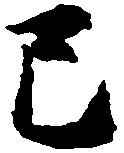
巳